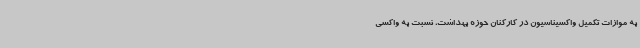
به موازات تکمیل واکسیناسیون در کارکنان حوزه بهداشت، نسبت به واکسی